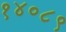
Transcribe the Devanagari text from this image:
१४०८९